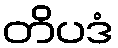
တိပဒံ